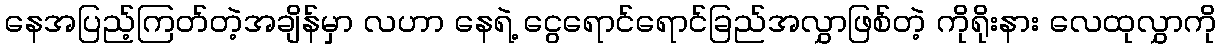
နေအပြည့်ကြတ်တဲ့အချိန်မှာ လဟာ နေရဲ့ ငွေရောင်ရောင်ခြည်အလွှာဖြစ်တဲ့ ကိုရိုးနား လေထုလွှာကို